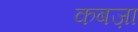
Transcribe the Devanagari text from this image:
कबज़ा